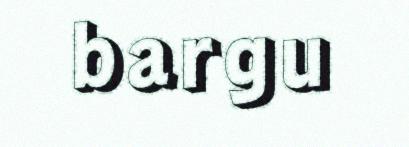
bargu